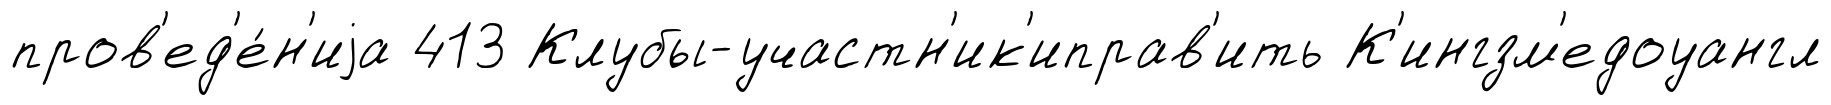
пров'ед'е́н'иjа 413 Клубы-участн'ик'иправ'ить К'ингзм'едоуангл